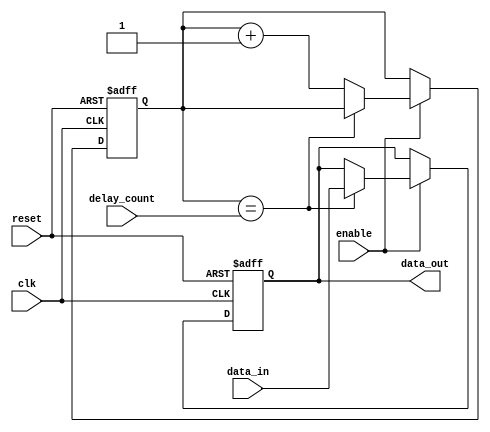
module nand_gate_delay (
    input wire clk, // System clock
    input wire reset, // Reset signal
    input wire enable, // Enable signal for delay
    input wire [7:0] delay_count, // Input parameter for delay count
    input wire data_in, // Input data signal
    output wire data_out // Delayed output data signal
);

reg [7:0] count_reg;
reg synced_data;

always @(posedge clk or posedge reset) begin
    if (reset) begin
        count_reg <= 0;
        synced_data <= 1'b0;
    end else begin
        if (enable) begin
            if (count_reg == delay_count) begin
                synced_data <= data_in;
            end else begin
                count_reg <= count_reg + 1;
            end
        end
    end
end

assign data_out = synced_data;

endmodule